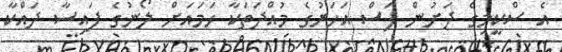
އެ ސްކީމިގެ ދަށުން ފަސް އަހަރުގެ މުއްދަތަކާ ހަމައަށް ލޯނުގެ ފައިސާ ދައްކާ